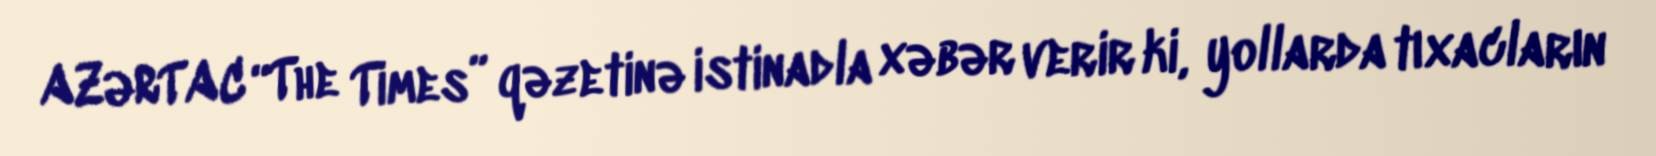
AZƏRTAC “The Times” qəzetinə istinadla xəbər verir ki, yollarda tıxacların